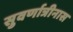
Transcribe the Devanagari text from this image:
सुवर्णात्रीनास